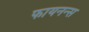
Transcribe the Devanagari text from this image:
फायनन्स